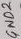
Text: GND2